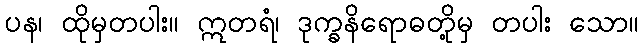
ပန၊ ထိုမှတပါး။ ဣတရံ၊ ဒုက္ခနိရောဓတို့မှ တပါး သော။